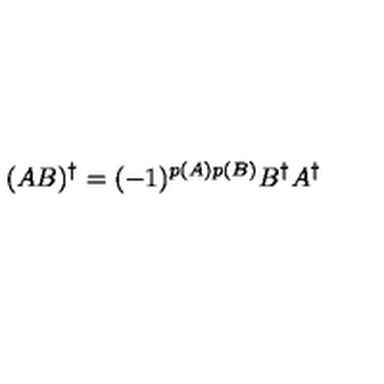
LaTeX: ( A B ) ^ { \dagger } = ( - 1 ) ^ { p ( A ) p ( B ) } B ^ { \dagger } A ^ { \dagger }